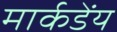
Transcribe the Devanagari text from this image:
मार्कडेंय